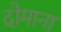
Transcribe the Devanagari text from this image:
दोमाना